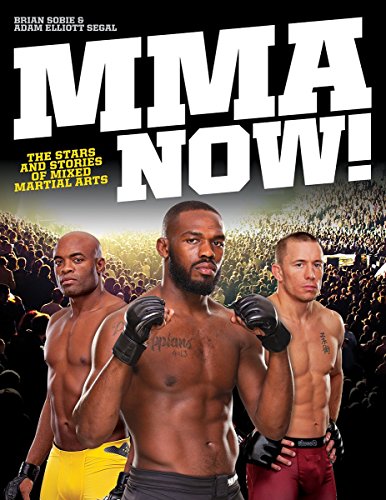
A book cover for MMA Now!: The Stars and Stories of Mixed Martial Arts; Brian Sobie; Sports & Outdoors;